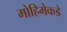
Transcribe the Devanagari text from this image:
मोहिमेकडे